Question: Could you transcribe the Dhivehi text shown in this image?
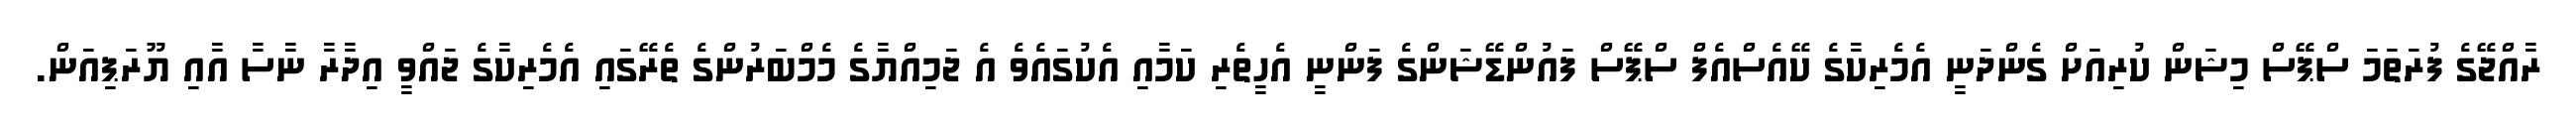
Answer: ރާއްޖޭގެ ފުރަތަމަ ސްޕޭސް މިޝަން ކުރިއަށް ގެންދަނީ އެމެރިކާގެ ކޭއެސްއެފް ސްޕޭސް ފައުންޑޭޝަންގެ ފަންނީ އެހީތެރި ކަމާއި އެކުގައެވެ އެ ޖަމިއްޔާގެ މެމްބަރުންގެ ތެރޭގައި އެމެރިކާގެ ޖައްވީ އިދާރާ ނާސާ އާއި ޔޫރަޕިއަން.